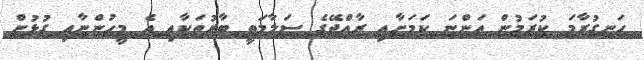
ހަނގުރާމަ ކުރަމުން އަންނަ ކަަމަށާއި ރާއްޖޭގެ ސަލާމަތީ ބާރުތަކާއި އެ މީހުންނާއި ގުޅުން